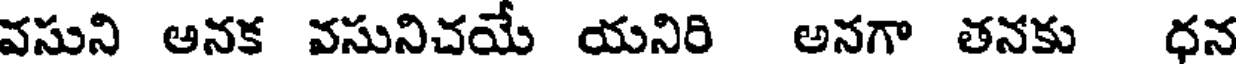
వసుని అనక వసునిచయే యనిరి అనగా తనకు ధన